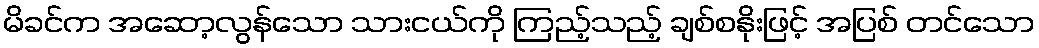
မိခင်က အဆော့လွန်သော သားငယ်ကို ကြည့်သည့် ချစ်စနိုးဖြင့် အပြစ် တင်သော